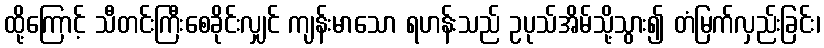
ထို့ကြောင့် သီတင်းကြီးစေခိုင်းလျှင် ကျန်းမာသော ရဟန်းသည် ဥပုသ်အိမ်သို့သွား၍ တံမြက်လှည်းခြင်း၊